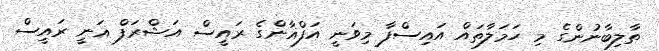
ތާލިބާނުންގެ މި ހަމަލާތައް އައިސްފާ މިވަނީ އަފްޣާންގެ ރައީސް އަޝްރަފް ޣަނީ ރައީސް